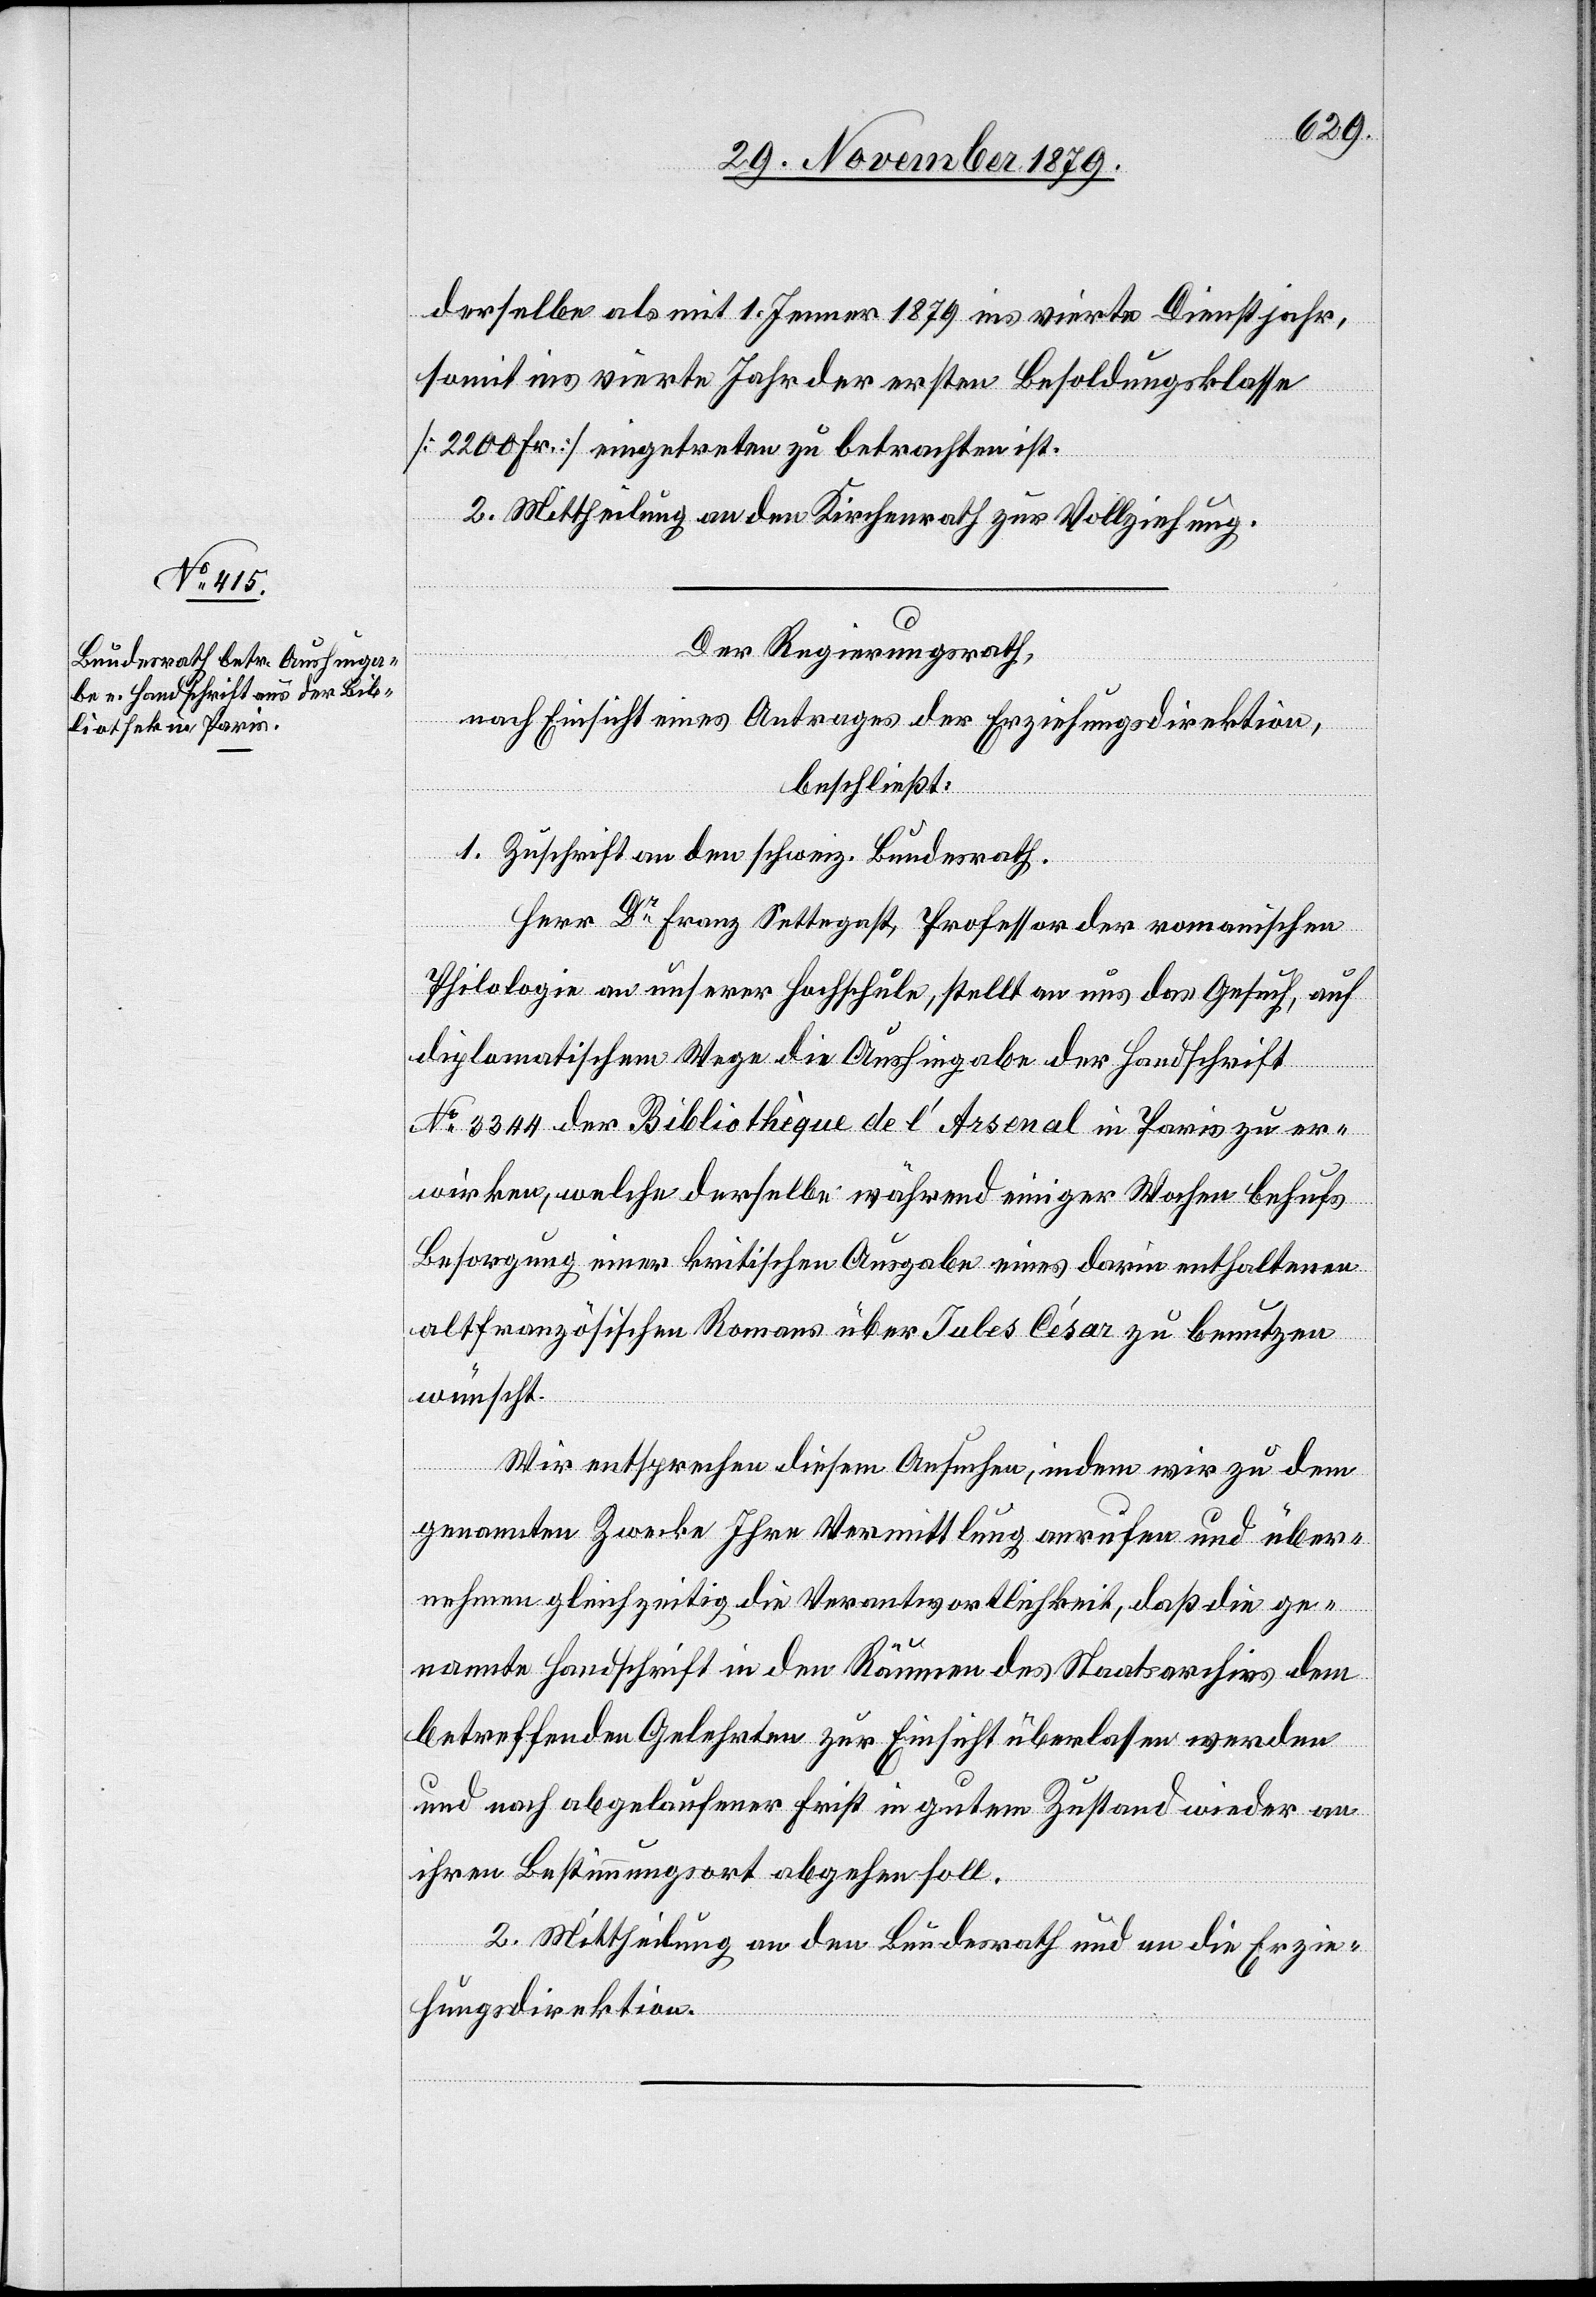
derselbe als mit 1. Jenner 1879 ins vierte Dienstjahr,
somit ins vierte Jahr der ersten Besoldungsklasse
[2200 Fr] eingetreten zu betrachten ist.
2. Mittheilung an den Kirchenrath zur Vollziehung.
Der Regierungsrath,
nach Einsicht eines Antrages der Erziehungsdirektion,
beschließt:
1. Zuschrift an den schweiz. Bundesrath.
Herr Dr Franz Settegast, Professor der romanischen
Philologie an unserer Hochschule, stellt an uns das Gesuch, auf
diplomatischem Wege die Aushingabe der Handschrift
No 3344 der Bibliothèque de l’Arsenal in Paris zu er¬
wirken, welche derselbe während einiger Wochen behufs
Besorgung einer kritischen Ausgabe eines darin enthaltenen
altfranzösischen Romans über Jules César zu benutzen
wünscht.
Wir entsprechen diesem Gesuche, indem wir zu dem
genannten Zwecke Ihre Vermittlung anrufen und über¬
nehmen gleichzeitig die Verantwortlichkeit, daß die ge¬
nannte Handschrift in den Räumen des Staatsarchivs dem
betreffenden Gelehrten zur Einsicht überlassen werden
und nach abgelaufener Frist in gutem Zustand wieder an
ihren Bestimmungsort abgehen soll.
2. Mittheilung an den Bundesrath und an die Erzie¬
hungsdirektion.